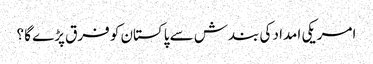
امریکی امداد کی بندش سے پاکستان کو فرق پڑے گا ؟